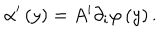
LaTeX: \alpha ^ { \prime } \left( y \right) = A ^ { i } \partial _ { i } \varphi \left( y \right) .